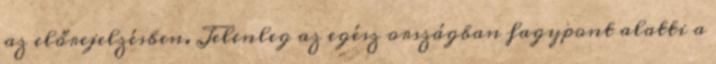
az előrejelzésben. Jelenleg az egész országban fagypont alatti a